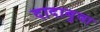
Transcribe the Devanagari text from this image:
दादाबुवा